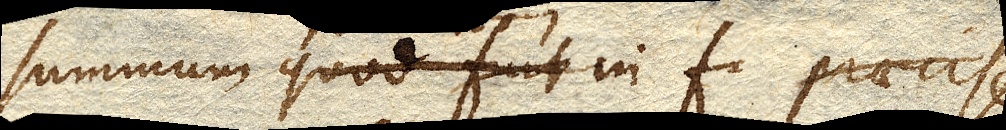
summum quod fuit in f praecise